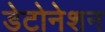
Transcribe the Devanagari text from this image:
डेटोनेशन